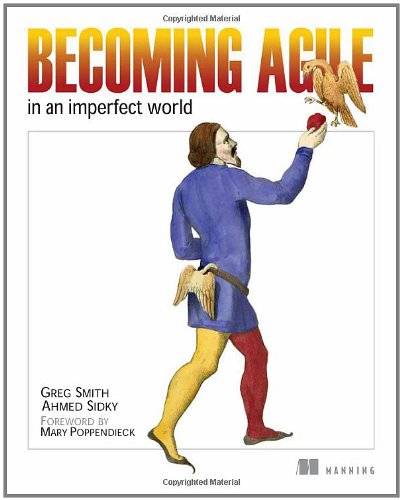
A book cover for Becoming Agile: ...in an imperfect world; Greg Smith; Test Preparation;